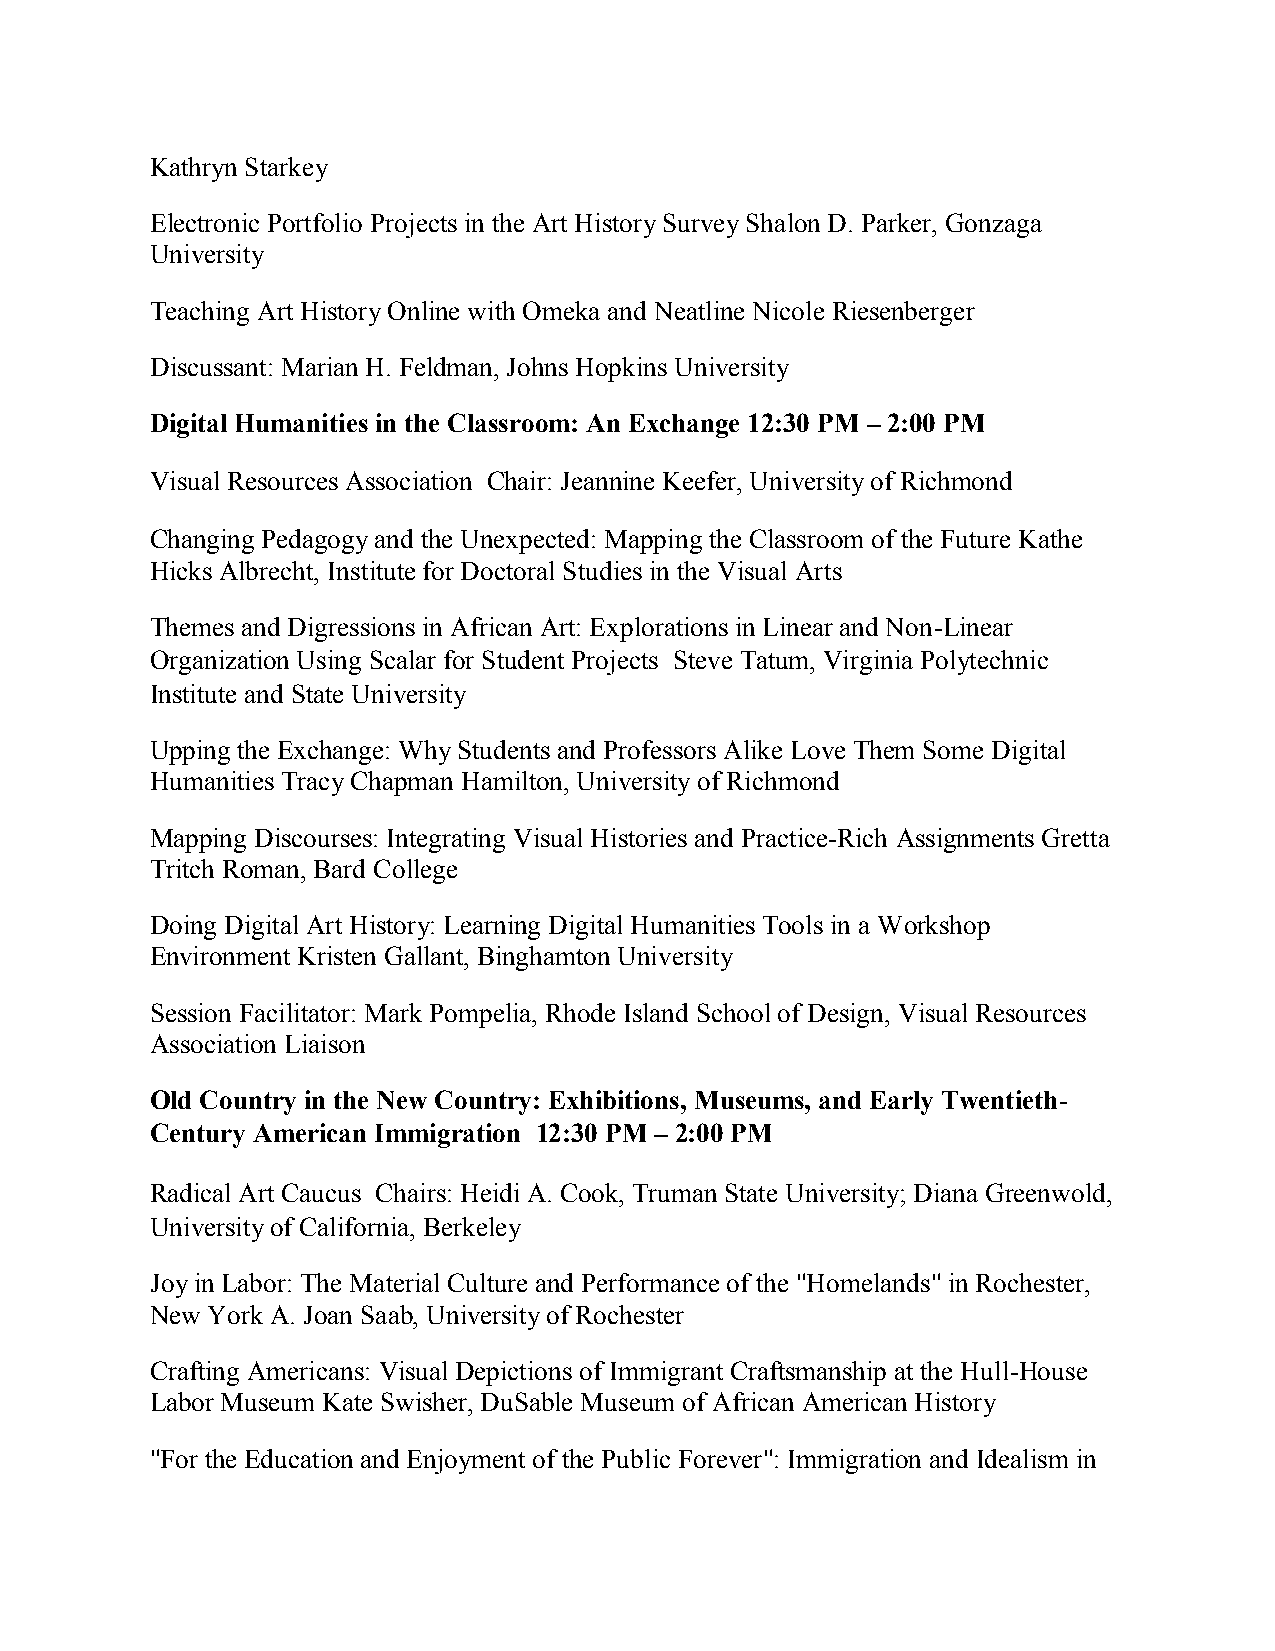
Kathryn Starkey
 Electronic Portfolio Projects in the Art History Survey Shalon D. Parker, Gonzaga
 University
 Teaching Art History Online with Omeka and Neatline Nicole Riesenberger
 Discussant: Marian H. Feldman, Johns Hopkins University
 Digital Humanities in the Classroom: An Exchange 12:30 PM – 2:00 PM
 Visual Resources Association Chair: Jeannine Keefer, University of Richmond
 Changing Pedagogy and the Unexpected: Mapping the Classroom of the Future Kathe
 Hicks Albrecht, Institute for Doctoral Studies in the Visual Arts
 Themes and Digressions in African Art: Explorations in Linear and Non-Linear
 Organization Using Scalar for Student Projects Steve Tatum, Virginia Polytechnic
 Institute and State University
 Upping the Exchange: Why Students and Professors Alike Love Them Some Digital
 Humanities Tracy Chapman Hamilton, University of Richmond
 Mapping Discourses: Integrating Visual Histories and Practice-Rich Assignments Gretta
 Tritch Roman, Bard College
 Doing Digital Art History: Learning Digital Humanities Tools in a Workshop
 Environment Kristen Gallant, Binghamton University
 Session Facilitator: Mark Pompelia, Rhode Island School of Design, Visual Resources
 Association Liaison
 Old Country in the New Country: Exhibitions, Museums, and Early Twentieth-
 Century American Immigration 12:30 PM – 2:00 PM
 Radical Art Caucus Chairs: Heidi A. Cook, Truman State University; Diana Greenwold,
 University of California, Berkeley
 Joy in Labor: The Material Culture and Performance of the "Homelands" in Rochester,
 New York A. Joan Saab, University of Rochester
 Crafting Americans: Visual Depictions of Immigrant Craftsmanship at the Hull-House
 Labor Museum Kate Swisher, DuSable Museum of African American History
 "For the Education and Enjoyment of the Public Forever": Immigration and Idealism in